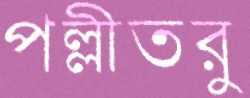
পল্লীতরু